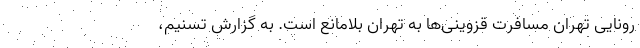
رونایی تهران مسافرت قزوینی‌ها به تهران بلامانع است. به گزارش تسنیم،